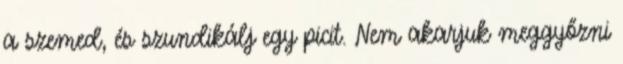
a szemed, és szundikálj egy picit. Nem akarjuk meggyőzni